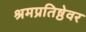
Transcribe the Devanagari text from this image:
श्रमप्रतिष्ठेवर